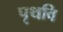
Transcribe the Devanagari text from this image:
पृथवि